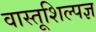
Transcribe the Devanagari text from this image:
वास्तूशिल्पज्ञ